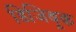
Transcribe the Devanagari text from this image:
डिजिबूक